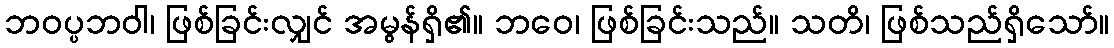
ဘဝပ္ပဘဝါ၊ ဖြစ်ခြင်းလျှင် အမွန်ရှိ၏။ ဘဝေ၊ ဖြစ်ခြင်းသည်။ သတိ၊ ဖြစ်သည်ရှိသော်။